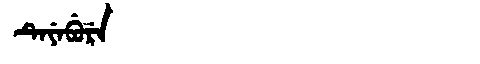
Manchu: ᡨᡝᠶᡝᠪᡠᡵᡝ
Romanization: TEYEBURE